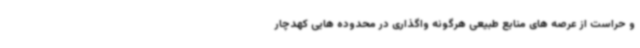
و حراست از عرصه های منابع طبیعی هرگونه واگذاری در محدوده هایی کهدچار